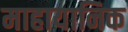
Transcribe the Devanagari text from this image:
माहायानिक